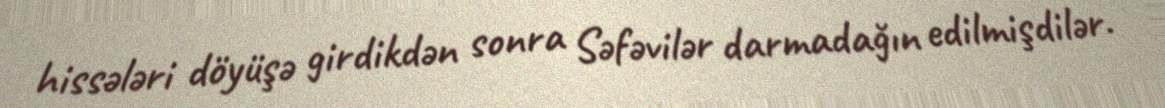
hissələri döyüşə girdikdən sonra Səfəvilər darmadağın edilmişdilər.